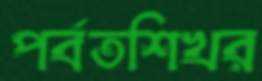
পর্বতশিখর